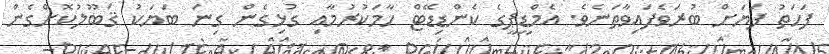
ފަހަތު ފަޔަށް ބުރަވެފައިވާތަނެވެ. އެމްޑީޕީގެ ކެންޑިޑޭޓް ހާމަކުރުމާއި ގުޅިގެން ގިނަ ބަޔަކު ޤަބޫލުކޮށްގެން